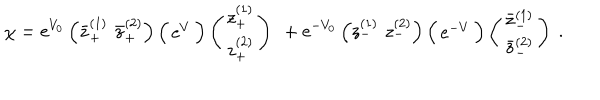
\chi = \mathrm { e } ^ { V _ { 0 } } \left( \bar { z } _ { + } ^ { ( 1 ) } \, \, \bar { z } _ { + } ^ { ( 2 ) } \right) \Big ( \begin{array} { c c } { { \mathrm { e } ^ { V } } } \\ \end{array} \Big ) \left( \begin{array} { c } { { z _ { + } ^ { ( 1 ) } } } \\ { { z _ { + } ^ { ( 2 ) } } } \\ \end{array} \right) \ + \mathrm { e } ^ { - V _ { 0 } } \left( { z } _ { - } ^ { ( 1 ) } \, \, { z } _ { - } ^ { ( 2 ) } \right) \Big ( \begin{array} { c c } { { \mathrm { e } ^ { - V } } } \\ \end{array} \Big ) \left( \begin{array} { c } { { \bar { z } _ { - } ^ { ( 1 ) } } } \\ { { \bar { z } _ { - } ^ { ( 2 ) } } } \\ \end{array} \right) ~ .